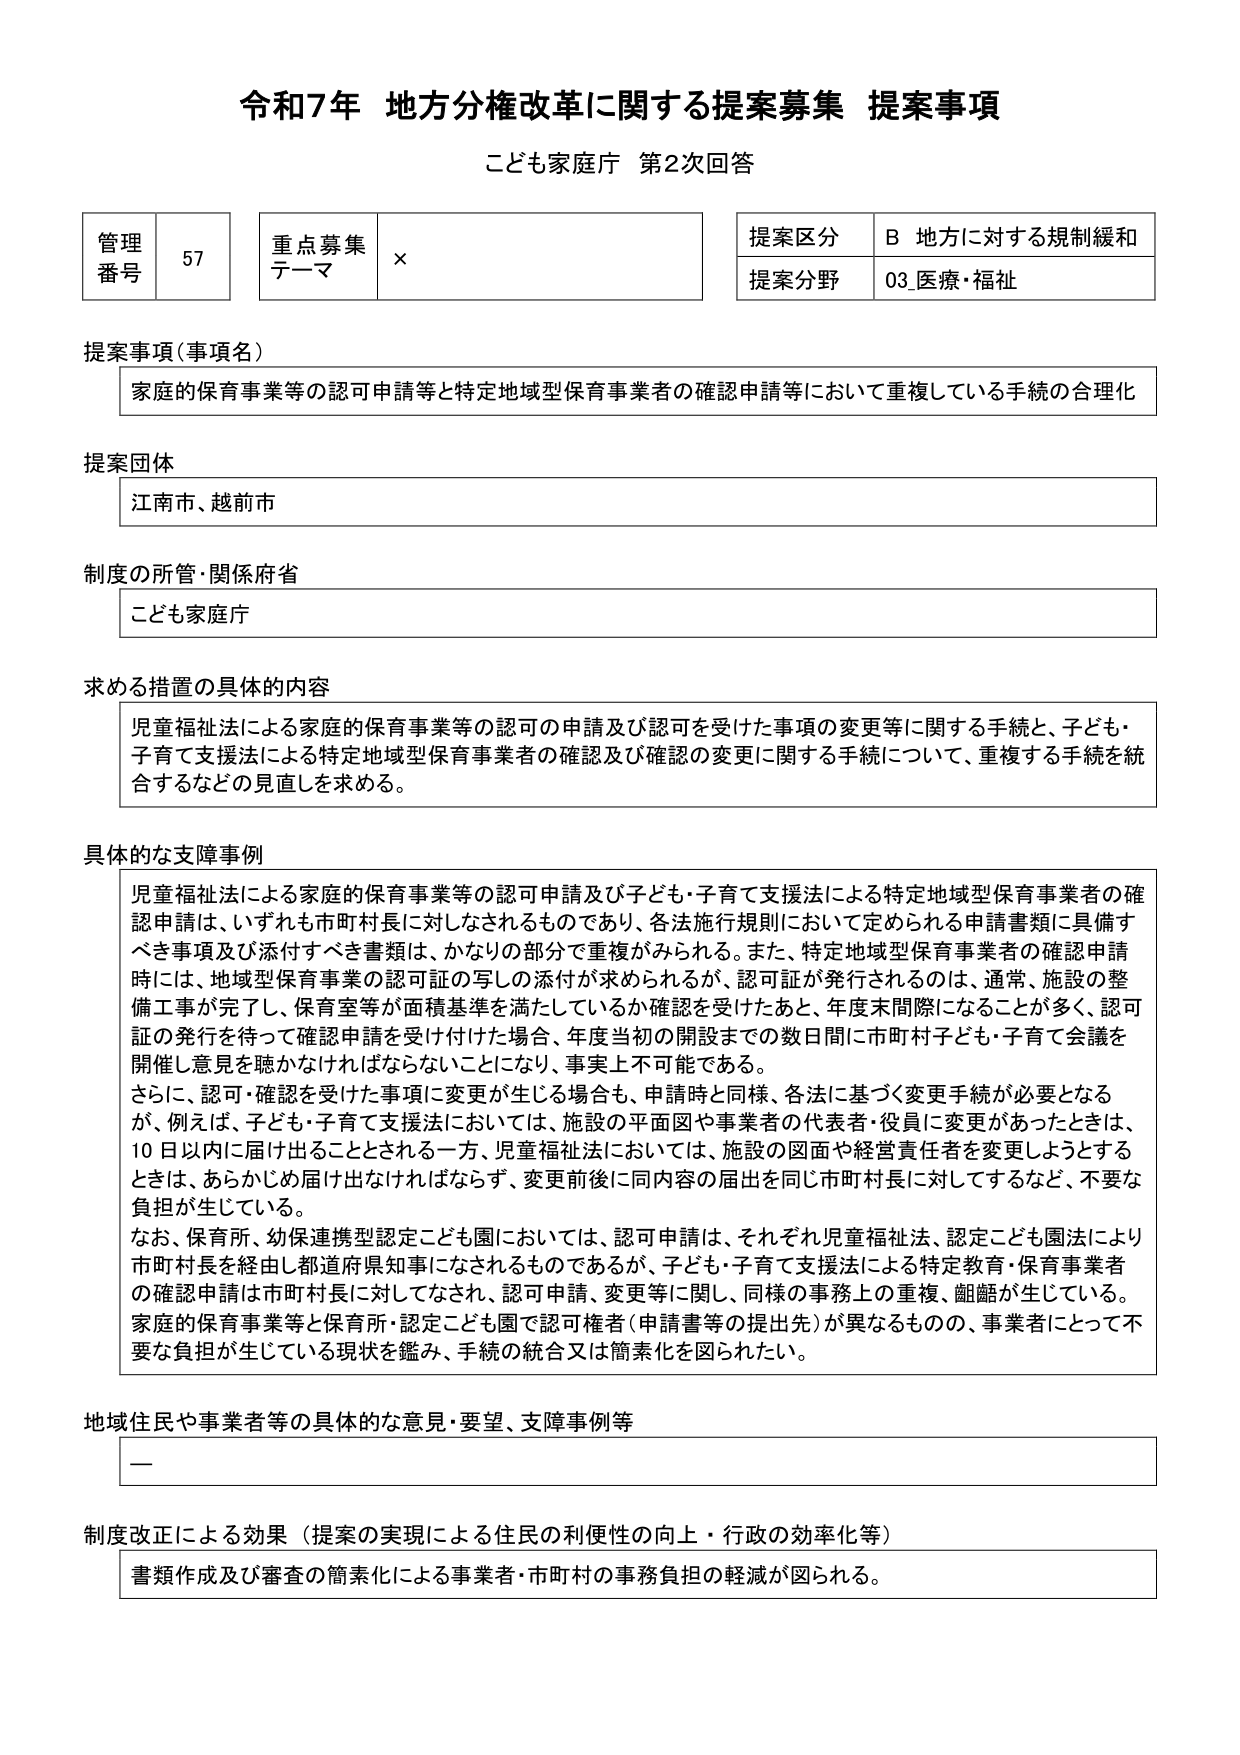
令和7年 地方分権改革に関する提案募集 提案事項
こども家庭庁 第2次回答

管理番号 57
重点募集テーマ ×
提案区分 B 地方に対する規制緩和
提案分野 03_医療・福祉

提案事項（事項名）
家庭の保育事業等の認可申請等と特定地域型保育事業者の確認申請等において重複している手続の合理化

提案団体
江南市、越前市

制度の所管・関係府省
こども家庭庁

求める措置の具体的な内容
児童福祉法による家庭の保育事業等の認可の申請及び認可を受けた事項の変更等に関する手続と、子ども・子育て支援法による特定地域型保育事業者の確認及び確認の変更に関する手続について、重複する手続を統合するなどの見直しを求める。

具体的な支障事例
児童福祉法による家庭の保育事業等の認可申請及び子ども・子育て支援法による特定地域型保育事業者の確認申請は、いずれも市町村長に対しなされるものであり、各法施行規則において定められる申請書類に具備すべき事項及び添付すべき書類は、かなりの部分で重複がみられる。また、特定地域型保育事業者の確認申請時には、地域型保育事業の認可証の写しの添付が求められるが、認可証が発行されるのは、通常、施設の整備工事が完了し、保育室等が面積基準を満たしているか確認を受けたあと、年度末間際になることが多く、認可証の発行を待って確認申請を受け付けた場合、年度当初の開設までの数日間に市町村子ども・子育て会議を開催し意見を聴かなければならないことになり、事実上不可能である。
さらに、認可・確認を受けた事項に変更が生じる場合も、申請時と同様、各法に基づく変更手続が必要となるが、例えば、子ども・子育て支援法においては、施設の平面図や事業者の代表者・役員に変更があったときは、10日以内に届け出ることとされる一方、児童福祉法においては、施設の図面や経営責任者を変更しようとするときは、あらかじめ届け出なければならず、変更前後に同内容の届出を同じ市町村長に対してするなど、不要な負担が生じている。
なお、保育所、幼保連携型認定こども園においては、認可申請は、それぞれ児童福祉法、認定こども園法により市町村長を経由し都道府県知事になされるものであるが、子ども・子育て支援法による特定教育・保育事業者の確認申請は市町村長に対してなされ、認可申請、変更等に関し、同様の事務上の重複、齟齬が生じている。家庭の保育事業等と保育所・認定こども園で認可権者（申請書等の提出先）が異なるものの、事業者にとって不要な負担が生じている現状を鑑み、手続の統合又は簡素化を図りたい。

地域住民や事業者等の具体的な意見・要望、支障事例等
ー

制度改正による効果（提案の実現による住民の利便性の向上・行政の効率化等）
書類作成及び審査の簡素化による事業者・市町村の事務負担の軽減が図られる。